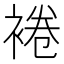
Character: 裷